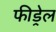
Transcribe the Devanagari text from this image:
फीड्रेल